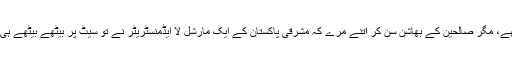
کیونکہ یحیی خان کے لاٹھی چارج سے تو بس دو چار سو بندے ہی مرتے تھے، مگر صالحین کے بھاشن سن کر اتنے مرے کہ مشرقی پاکستان کے ایک مارشل لا ایڈمنسٹریٹر نے تو سیٹ پر بیٹھے بیٹھے ہی غیر ملکی نشریاتی ادارے کو دیے گئے ایک انٹرویو میں تیس ہزار مان لیے۔